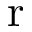
\mathrm { r }